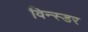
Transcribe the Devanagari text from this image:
विन्स्डर